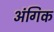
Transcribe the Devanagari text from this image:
अंगिक